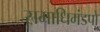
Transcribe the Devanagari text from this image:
समाधिमंडपों